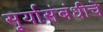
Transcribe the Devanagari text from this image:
सूर्यासंबंधीचे